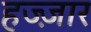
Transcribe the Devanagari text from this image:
हज्ज़ार